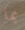
بما